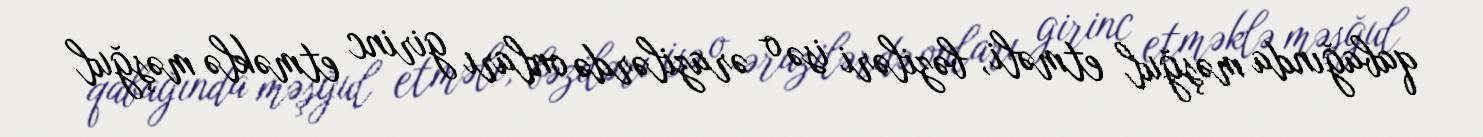
qabağında məşğul etməli, bəziləri isə o ərazilərdə onları girinc etməklə məşğul